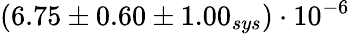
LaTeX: (6.75\pm 0.60\pm 1.00_{sys})\cdot 10^{-6}